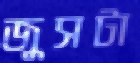
জুসটা